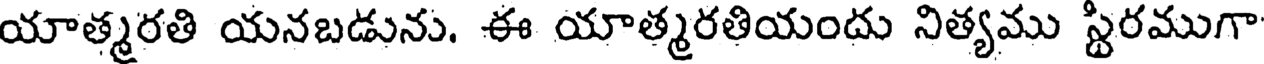
యాత్మరతి యనబడును. ఈ యాత్మరతియందు నిత్యము స్టిరముగా